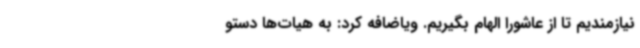
نیازمندیم تا از عاشورا الهام بگیریم. ویاضافه کرد: به هیات‌ها دستو